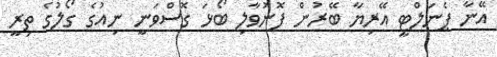
އޭނާ ޕެނަލްޓީ އޭރިޔާ ބޭރުން ފޮނުވާލި ބޯޅަ ގޮސްވަނީ ނިއުގެ ގޯލުގެ ތިރީ